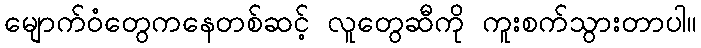
မျောက်ဝံတွေကနေတစ်ဆင့် လူတွေဆီကို ကူးစက်သွားတာပါ။